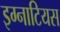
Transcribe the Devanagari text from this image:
इग्नाटियस